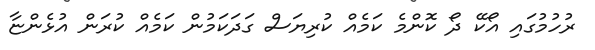
ރުހުމުގައި އޯކޭ ދޯ ކޮންމެ ކަމެއް ކުރިޔަސް ގަދަކަމުން ކަމެއް ކުރަން އުޅެންޏާ